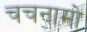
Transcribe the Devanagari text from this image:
चचनामो